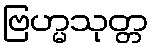
ဗြဟ္မသုတ္တ